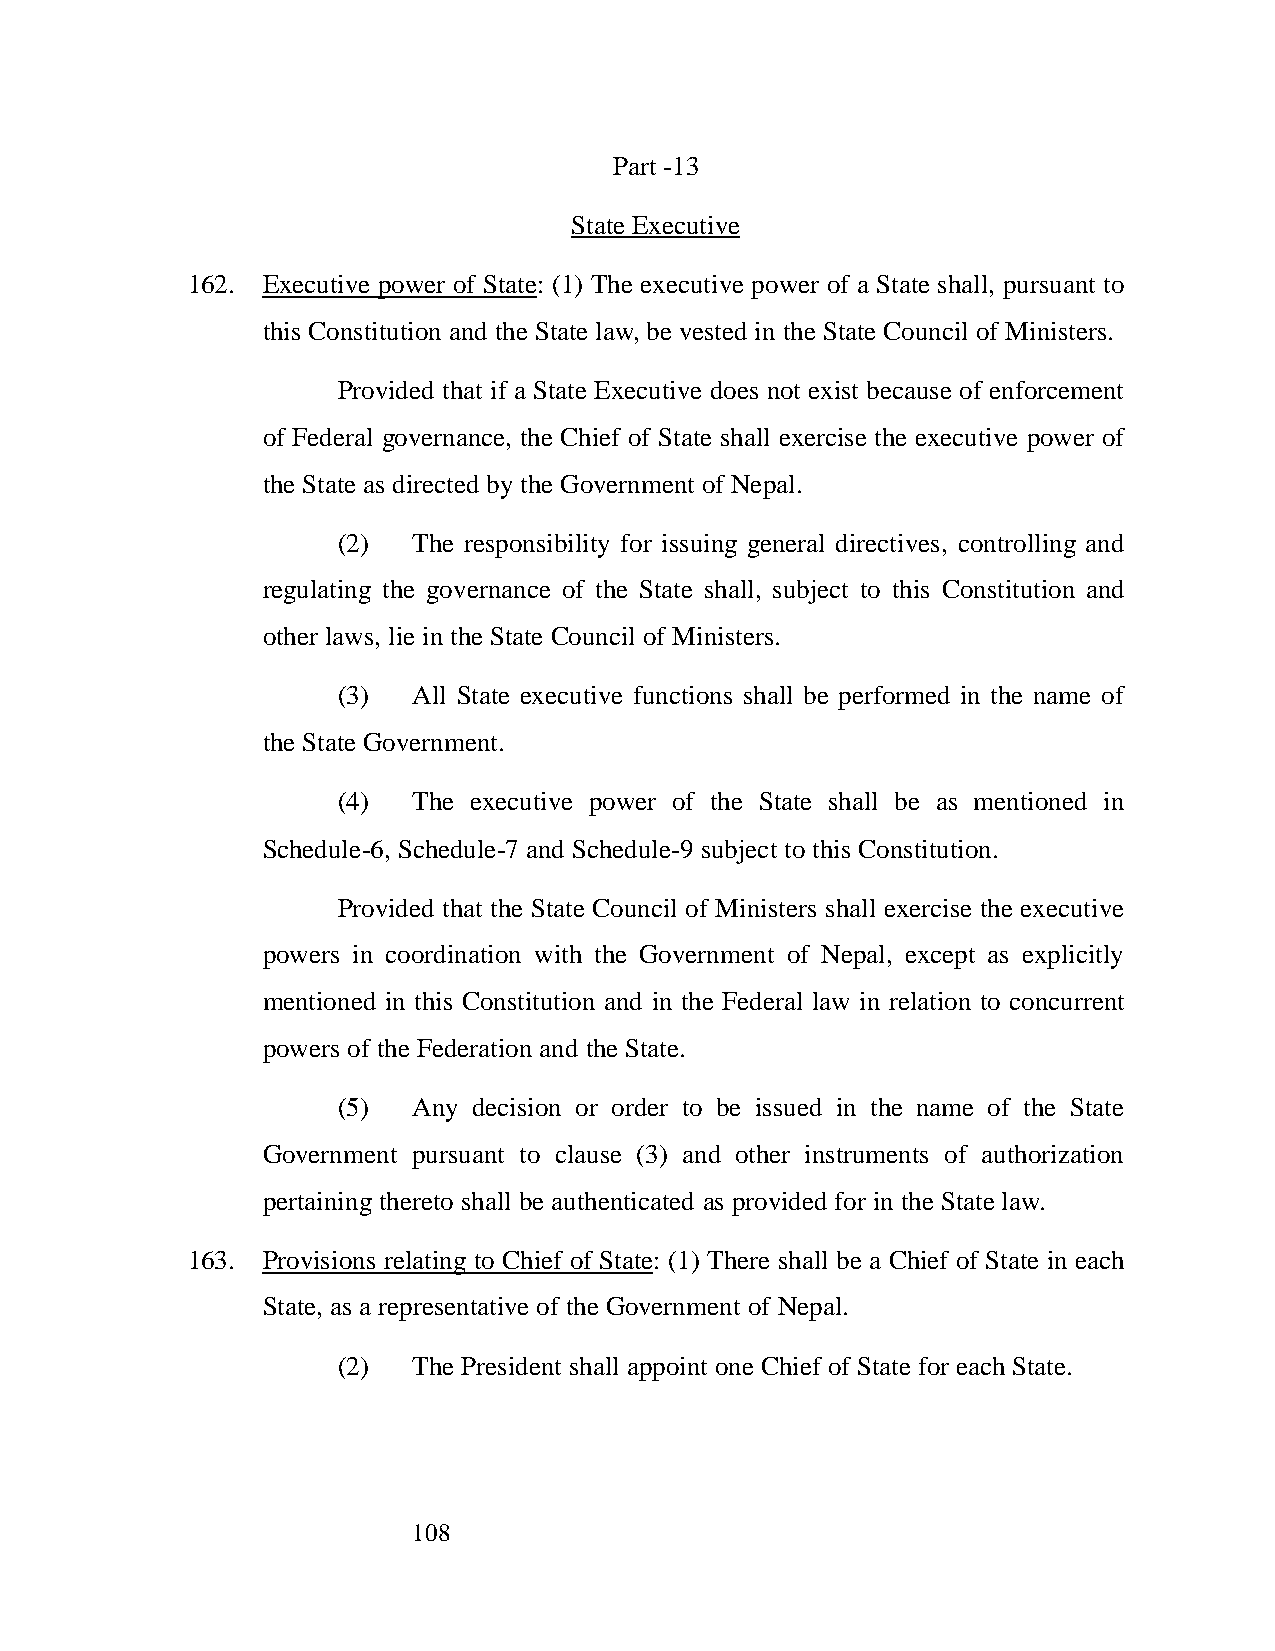
Part -13
 State Executive
 162. Executive power of State: (1) The executive power of a State shall, pursuant to
 this Constitution and the State law, be vested in the State Council of Ministers.
 Provided that if a State Executive does not exist because of enforcement
 of Federal governance, the Chief of State shall exercise the executive power of
 the State as directed by the Government of Nepal.
 (2)  The responsibility for issuing general directives, controlling and
 regulating the governance of the State shall, subject to this Constitution and
 other laws, lie in the State Council of Ministers.
 (3)  All State executive functions shall be performed in the name of
 the State Government.
 (4)  The executive power of the State shall be as mentioned in
 Schedule-6, Schedule-7 and Schedule-9 subject to this Constitution.
 Provided that the State Council of Ministers shall exercise the executive
 powers in coordination with the Government of Nepal, except as explicitly
 mentioned in this Constitution and in the Federal law in relation to concurrent
 powers of the Federation and the State.
 (5)  Any decision or order to be issued in the name of the State
 Government pursuant to clause (3) and other instruments of authorization
 pertaining thereto shall be authenticated as provided for in the State law.
 163. Provisions relating to Chief of State: (1) There shall be a Chief of State in each
 State, as a representative of the Government of Nepal.
 (2)  The President shall appoint one Chief of State for each State.
 108